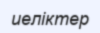
иеліктер